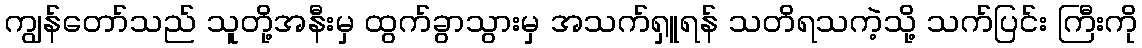
ကျွန်တော်သည် သူတို့အနီးမှ ထွက်ခွာသွားမှ အသက်ရှူရန် သတိရသကဲ့သို့ သက်ပြင်း ကြီးကို